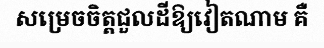
សម្រេចចិត្តជួលដីឱ្យវៀតណាម គឺ